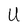
Character: U